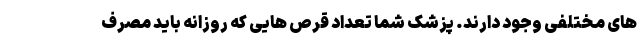
های مختلفی وجود دارند. پزشک شما تعداد قرص هایی که روزانه باید مصرف